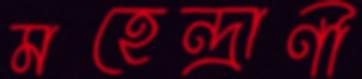
মহেন্দ্রাণী